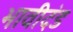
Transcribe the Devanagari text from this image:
भावीदंड